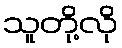
သူတို့လို